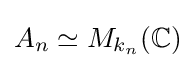
A_{n}\simeq M_{k_{n}}(\mathbb {C} )